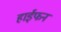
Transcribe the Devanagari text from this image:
हाईफन